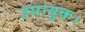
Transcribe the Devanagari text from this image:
उपायुक्त।